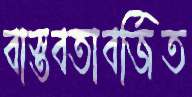
বাস্তবতাবর্জিত